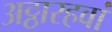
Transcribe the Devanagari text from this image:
अट्ठारहवां